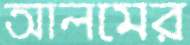
আলমের